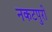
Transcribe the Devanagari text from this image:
नकटपुरी